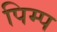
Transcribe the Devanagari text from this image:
पिम्प